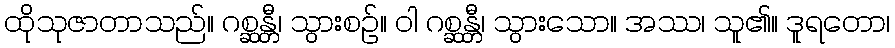
ထိုသုဇာတာသည်။ ဂစ္ဆန္တီ၊ သွားစဉ်။ ဝါ ဂစ္ဆန္တီ၊ သွားသော။ အဿ၊ သူ၏။ ဒူရတော၊